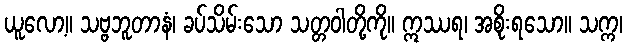
ယူလော့။ သဗ္ဗဘူတာနံ၊ ခပ်သိမ်းသော သတ္တဝါတို့ကို။ ဣဿရ၊ အစိုးရသော။ သက္က၊